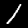
Label: 1